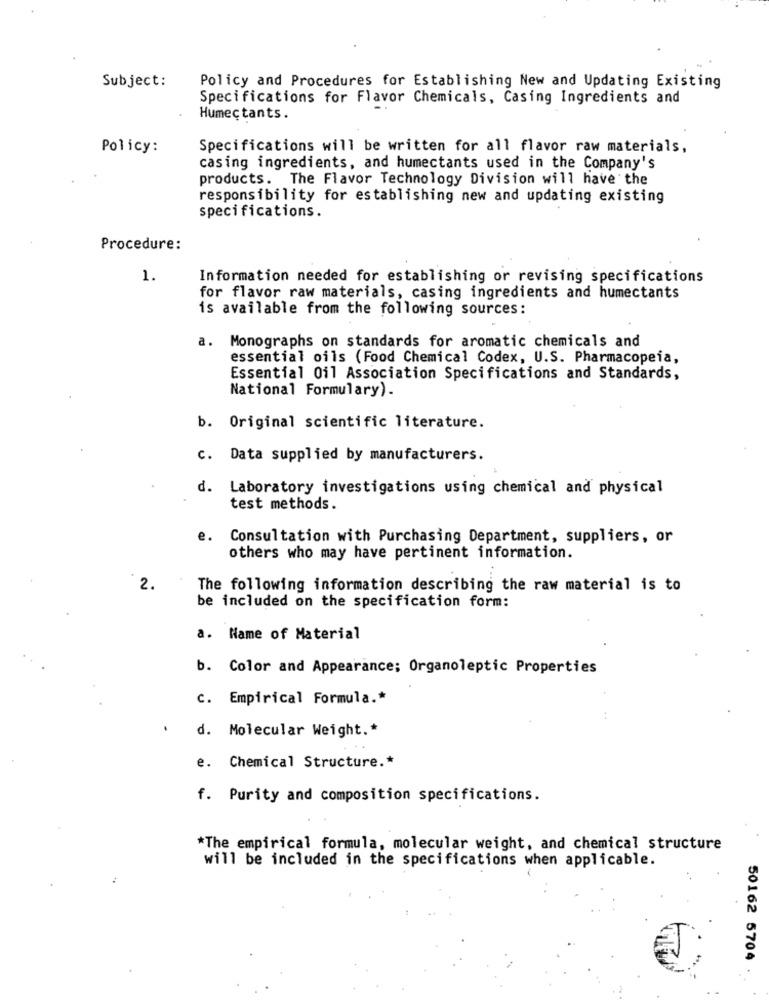
Subject:
Policy and Procedures for Establishing New and Updating Existing
Specifications for Flavor Chemicals, Casing Ingredients and
Humectants.
Policy:
Specifications will be written for all flavor raw materials,
casing ingredients, and humectants used in the Company's
products. The Flavor Technology Division will have the
responsibility for establishing new and updating existing
specifications.
Procedure:
1.
Information needed for establishing or revising specifications
for flavor raw materials, casing ingredients and humectants
is available from the following sources:
a.
Monographs on standards for aromatic chemicals and
essential oils (Food Chemical Codex, U.S. Pharmacopeia,
Essential Oil Association Specifications and Standards,
National Formulary).
b. Original scientific literature.
c. Data supplied by manufacturers.
d. Laboratory investigations using chemical and physical
test methods.
e. Consultation with Purchasing Department, suppliers, or
others who may have pertinent information.
2.
The following information describing the raw material is to
be included on the specification form:
a. Name of Material
b. Color and Appearance; Organoleptic Properties
c. Empirical Formula .*
d. Molecular Weight .*
e. Chemical Structure .*
f. Purity and composition specifications.
*The empirical formula, molecular weight, and chemical structure
will be included in the specifications when applicable.
50162 5704